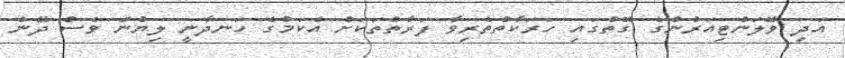
އަދި ވޮލަންޓިއަރުންގެ ގޮތުގައި ހަރަކާތްތެރިވާ ފަރާތްތަކަށް އެކަމުގެ ހަނދާނީ ލިޔުން ވެސް ދޭނެ